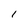
Character: 1